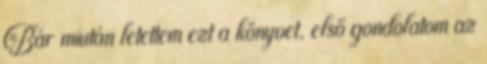
Bár miután letettem ezt a könyvet, első gondolatom az